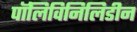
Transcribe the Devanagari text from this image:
पॉलिविनिलिडीन